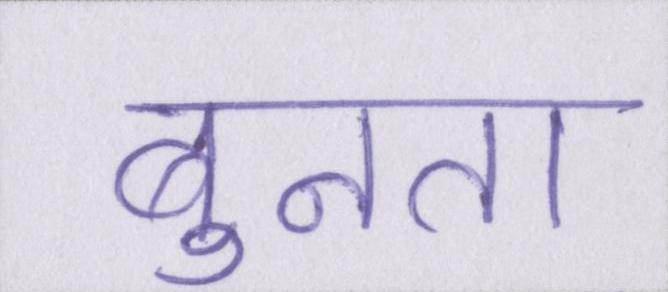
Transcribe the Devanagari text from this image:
बुनता